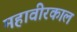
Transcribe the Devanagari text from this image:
महावीरकाल